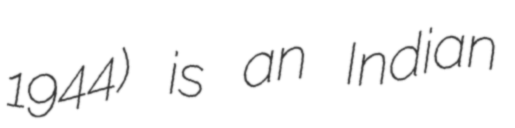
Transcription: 1944) is an Indian